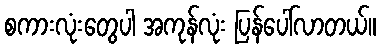
စကားလုံးတွေပါ အကုန်လုံး ပြန်ပေါ်လာတယ်။